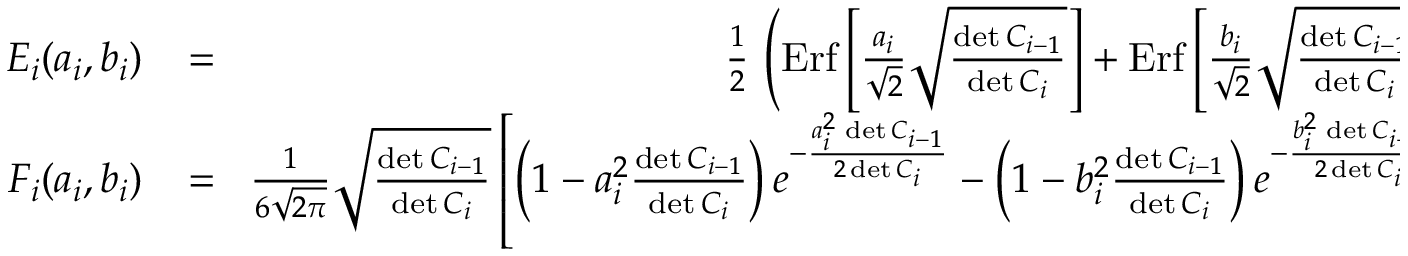
\begin{array} { r l r } { E _ { i } ( a _ { i } , b _ { i } ) } & { { } \! = \! } & { { \frac { 1 } { 2 } } \, \left( \mathrm { E r f } \left[ { \frac { a _ { i } } { \sqrt 2 } } \sqrt { \frac { \operatorname* { d e t } C _ { i - 1 } } { \operatorname* { d e t } C _ { i } } } \right] + \mathrm { E r f } \left[ { \frac { b _ { i } } { \sqrt 2 } } \sqrt { \frac { \operatorname* { d e t } C _ { i - 1 } } { \operatorname* { d e t } C _ { i } } } \right] \right) \, , } \\ { F _ { i } ( a _ { i } , b _ { i } ) } & { { } \! = \! } & { { \frac { 1 } { 6 \sqrt { 2 \pi } } } \sqrt { \frac { \operatorname* { d e t } C _ { i - 1 } } { \operatorname* { d e t } C _ { i } } } \left[ \left( 1 - a _ { i } ^ { 2 } { \frac { \operatorname* { d e t } C _ { i - 1 } } { \operatorname* { d e t } C _ { i } } } \right) e ^ { - { \frac { a _ { i } ^ { 2 } \, \operatorname* { d e t } C _ { i - 1 } } { 2 \operatorname* { d e t } C _ { i } } } } - \left( 1 - b _ { i } ^ { 2 } { \frac { \operatorname* { d e t } C _ { i - 1 } } { \operatorname* { d e t } C _ { i } } } \right) e ^ { - { \frac { b _ { i } ^ { 2 } \, \operatorname* { d e t } C _ { i - 1 } } { 2 \operatorname* { d e t } C _ { i } } } } \right] \, . } \end{array}